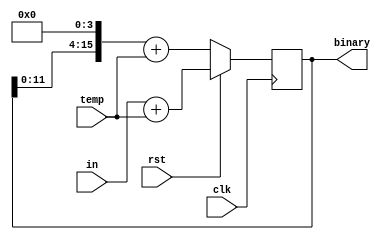
// Code your design here
`timescale 1ns/1ps
module push(clk, in, rst, binary, temp);
  input clk;
  input rst;
  input [15:0] in;
  output reg [15:0] binary;
  input [15:0] temp;
  //reg num;
  
  always @(posedge clk)
    begin
      
      if(rst)
        begin
         	binary = (in + temp);
        end
        
      else
        begin
            binary = (binary << 4);
	    binary = (binary + temp);
       end
    end
      
 endmodule
      
   

//test bench
`timescale 1ns/1ps

module tb_push(); 
  reg clk, rst;
  reg [15:0] temp;
  reg [15:0] in;
  wire [15:0] binary;

  push pu(clk, in, rst, binary, temp);
  
  always #2 clk = ~clk;
  
  initial begin
  clk = 1;
  rst = 1;
  in = 16'b0000000000000000;
  temp = 16'b0000000000000001;
  #2
  #2 rst = 0; temp = 16'b0000000000000010; 
  #2
  #2 temp = 16'b0000000000000100; 
  #2
  #2 temp = 16'b0000000000001000;
  #2 rst = 1;
    
  $finish;
  end
  
  initial begin
      $monitor("clk = %d, rst = %d, binary = %b, temp = %b", clk, rst, binary, temp);
  end
  
endmodule